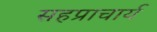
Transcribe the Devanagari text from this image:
सहप्राचार्य